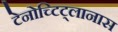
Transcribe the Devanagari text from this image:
टेनोच्टिट्लानास